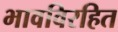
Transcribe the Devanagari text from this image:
भावविरहित